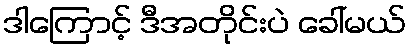
ဒါကြောင့် ဒီအတိုင်းပဲ ခေါ်မယ်